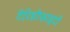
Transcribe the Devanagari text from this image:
टेरिडोफाइटों